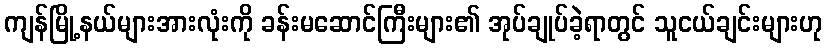
ကျန်မြို့နယ်များအားလုံးကို ခန်းမဆောင်ကြီးများ၏ အုပ်ချုပ်ခဲ့ရာတွင် သူငယ်ချင်းများဟု